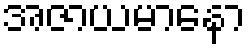
အဇာယမာနော